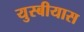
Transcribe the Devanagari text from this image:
युस्बीयास